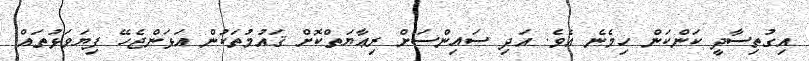
އިގުތިސާދީ ކަންކަން ހިމެނެ އެވެ. އަދި ސައިންސަށް ރިޢާޔަތްކޮށް ޤައުމުތަކުން އަޅަންޖެހޭ ފިޔަވަޅުތައް